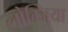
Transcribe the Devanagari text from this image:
लोग्जिया